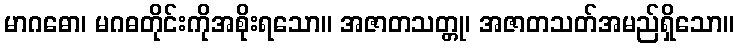
မာဂဓော၊ မဂဓတိုင်းကိုအစိုးရသော။ အဇာတသတ္တု၊ အဇာတသတ်အမည်ရှိသော။